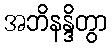
အဘိနန္ဒိတွာ